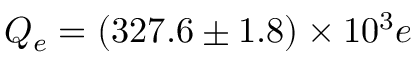
Q _ { e } = ( 3 2 7 . 6 \pm 1 . 8 ) \times 1 0 ^ { 3 } e